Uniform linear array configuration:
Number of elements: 8
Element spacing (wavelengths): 0.25
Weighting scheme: uniform
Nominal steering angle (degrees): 15
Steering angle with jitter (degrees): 14.606
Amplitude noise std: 0.05
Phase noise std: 0.05

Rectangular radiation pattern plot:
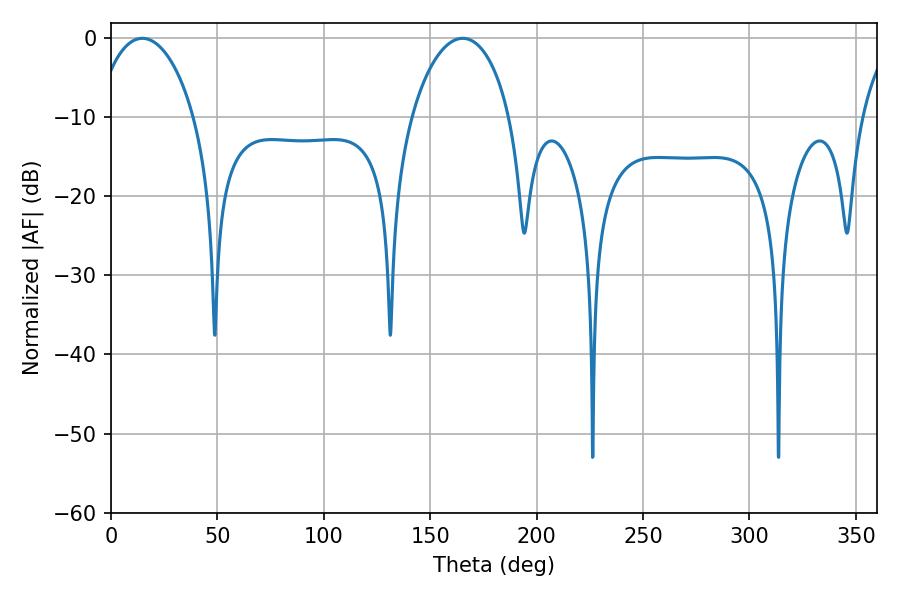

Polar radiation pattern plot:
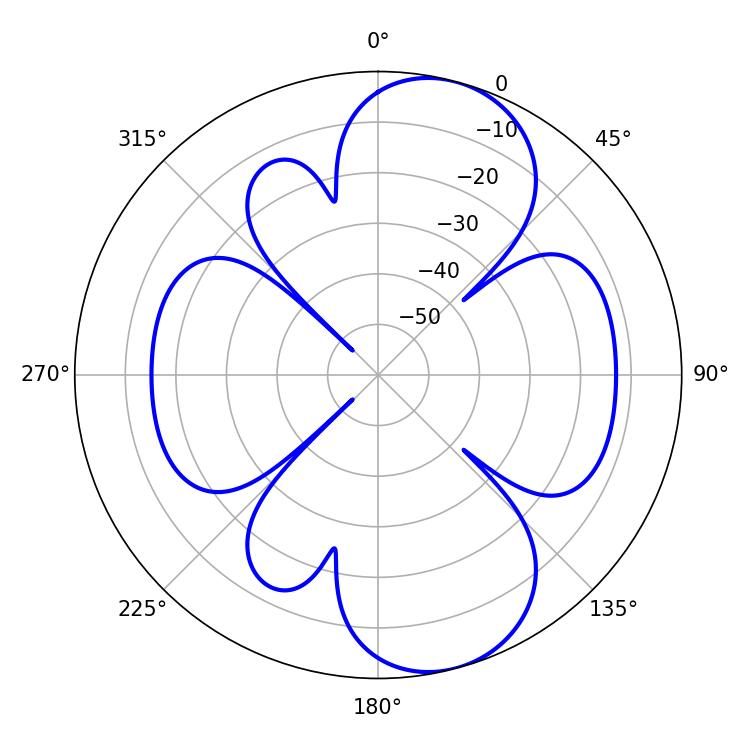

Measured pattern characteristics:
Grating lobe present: FALSE
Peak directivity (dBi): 8.892
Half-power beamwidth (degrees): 26.46
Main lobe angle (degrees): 14.76